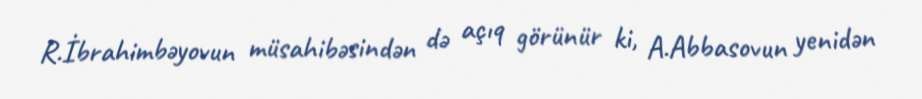
R.İbrahimbəyovun müsahibəsindən də açıq görünür ki, A.Abbasovun yenidən